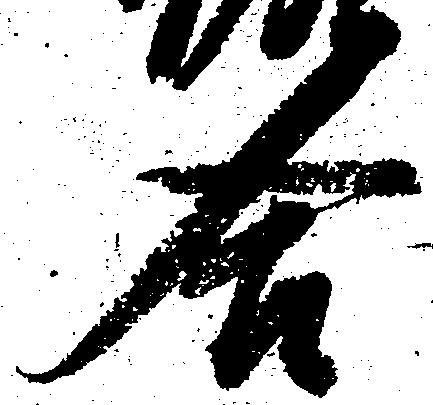
合